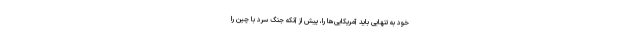
خود به تنهایی باید آمریکایی‌ها را، پیش از آنکه جنگ سرد با چین را